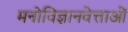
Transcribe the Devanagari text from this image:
मनोविज्ञानवेत्ताओं